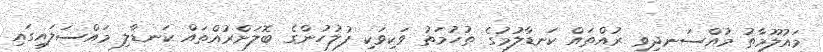
މައުލޫމާތު މުއްސަނދިވި ރުއްތައް ކަނޑާލުމުގެ ތުހުމަތު ވަކިވަކި ފުލުހުންގެ ބޮލަށްރުއްތައް ކަނޑާލި މައްސަލައިގައި